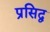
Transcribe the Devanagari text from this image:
प्रसिद्व